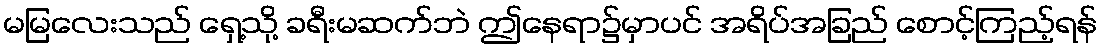
မမြလေးသည် ရှေ့သို့ ခရီးမဆက်ဘဲ ဤနေရာ၌မှာပင် အရိပ်အခြည် စောင့်ကြည့်ရန်